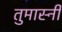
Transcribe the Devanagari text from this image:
तुमास्नी